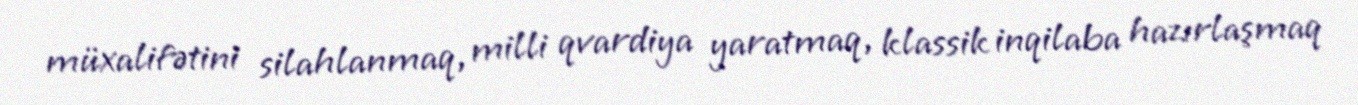
müxalifətini silahlanmaq, milli qvardiya yaratmaq, klassik inqilaba hazırlaşmaq